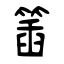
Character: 𥯥